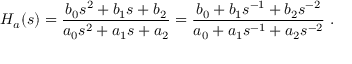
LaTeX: H _ { a } ( s ) = { \frac { b _ { 0 } s ^ { 2 } + b _ { 1 } s + b _ { 2 } } { a _ { 0 } s ^ { 2 } + a _ { 1 } s + a _ { 2 } } } = { \frac { b _ { 0 } + b _ { 1 } s ^ { - 1 } + b _ { 2 } s ^ { - 2 } } { a _ { 0 } + a _ { 1 } s ^ { - 1 } + a _ { 2 } s ^ { - 2 } } } \ .